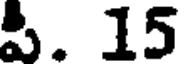
పి. 15